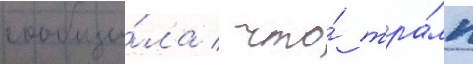
сообщи́ла / что́ тра́мп